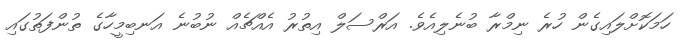
ހަމަކޮށްލައިގެން ހުރެ ނިމްރާ ބުނެލިއެވެ. އަރްސަލް އިތުރު އެއްޗެއް ނުބުނެ އަނބިމީހާގެ ތުންފަތުގައި